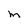
Character: m